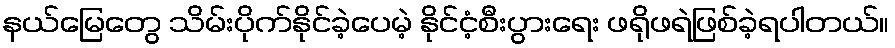
နယ်မြေတွေ သိမ်းပိုက်နိုင်ခဲ့ပေမဲ့ နိုင်ငံ့စီးပွားရေး ဖရိုဖရဲဖြစ်ခဲ့ရပါတယ်။